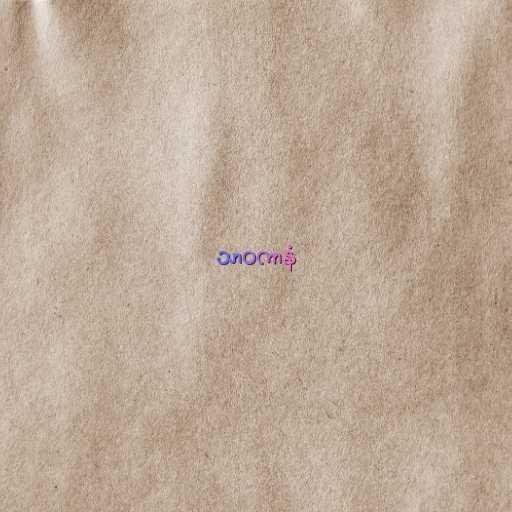
သာဝကာနံ